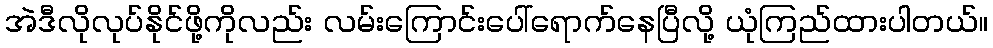
အဲဒီလိုလုပ်နိုင်ဖို့ကိုလည်း လမ်းကြောင်းပေါ်ရောက်နေပြီလို့ ယုံကြည်ထားပါတယ်။